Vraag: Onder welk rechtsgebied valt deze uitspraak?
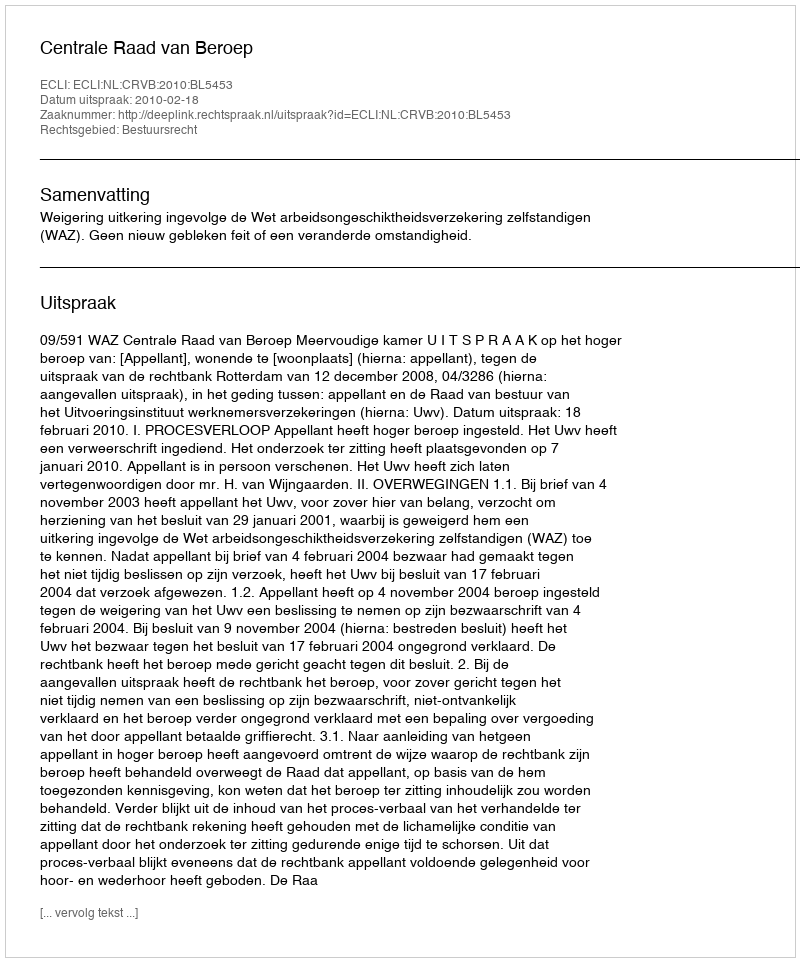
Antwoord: Bestuursrecht